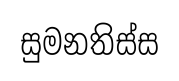
සුමනතිස්ස